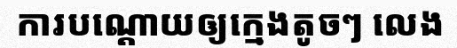
ការបណ្តោយឲ្យក្មេងតូចៗ លេង